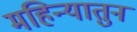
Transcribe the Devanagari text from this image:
महिन्यातुन